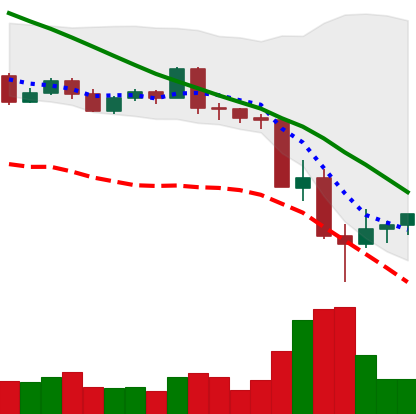
Ticker: LTC-USD
Chart end date: 2022-05-15
Forward return: -4.015%
Label: down_3_5